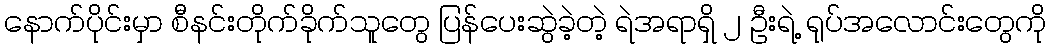
နောက်ပိုင်းမှာ စီနင်းတိုက်ခိုက်သူတွေ ပြန်ပေးဆွဲခဲ့တဲ့ ရဲအရာရှိ ၂ ဦးရဲ့ ရုပ်အလောင်းတွေကို